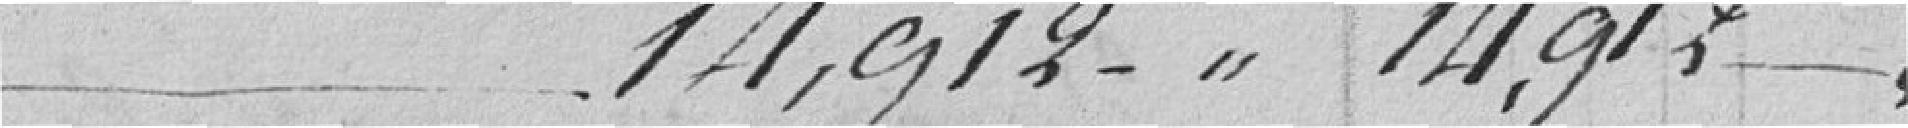
14,912